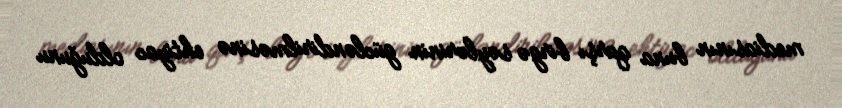
mediasının buna qarşı birgə səylərinin gücləndirilməsinə ehtiyac olduğunu